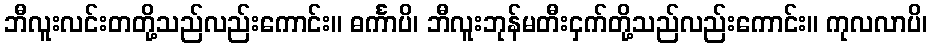
ဘီလူးလင်းတတို့သည်လည်းကောင်း။ ဓင်္ကာပိ၊ ဘီလူးဘုန်မတီးငှက်တို့သည်လည်းကောင်း။ ကုလလာပိ၊